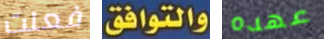
فعلت والتوافق عهده